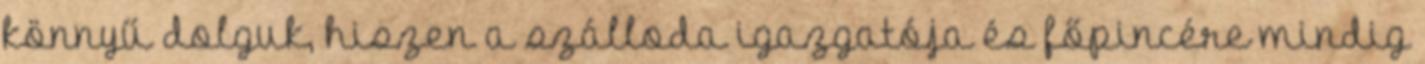
könnyű dolguk, hiszen a szálloda igazgatója és főpincére mindig